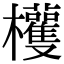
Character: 𣡀